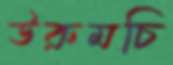
উরুমচি